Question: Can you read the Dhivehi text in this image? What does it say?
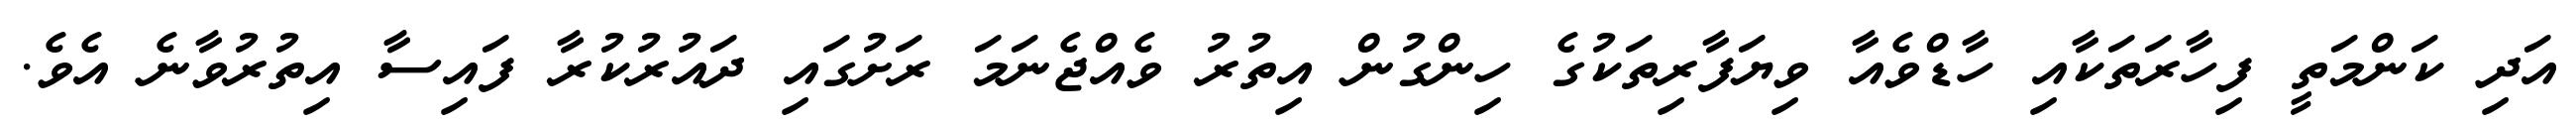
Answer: އަދި ކަންމަތީ ފިހާރަތަކާއި ހާޑްވެއާ ވިޔަފާރިތަކުގެ ހިންގުން އިތުރު ވެއްޖެނަމަ ރަށުގައި ދައުރުކުރާ ފައިސާ އިތުރުވާނެ އެވެ.